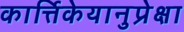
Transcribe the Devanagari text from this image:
कार्त्तिकेयानुप्रेक्षा